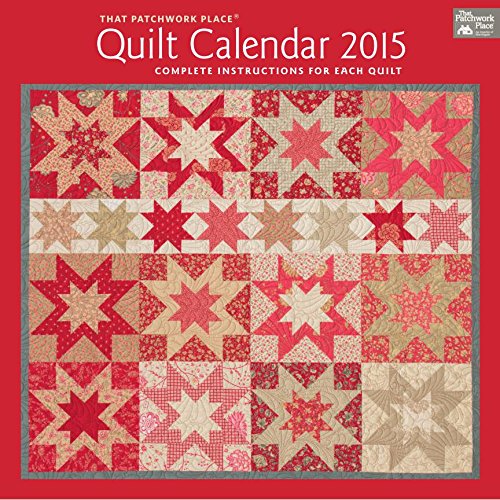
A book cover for That Patchwork Place Quilt Calendar 2015; That Patchwork Place; Calendars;